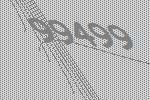
99499